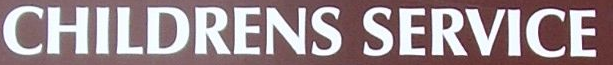
CHILDRENS SERVICE